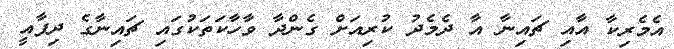
އެމެރިކާ އާއި ޗައިނާ އާ ދެމެދު ކުރިއަށް ގެންދާ ވާހާކަތަކުގައި ޗައިނާގެ ދިފާއީ